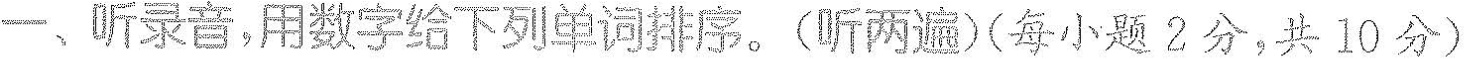
一、听录音,用数字给下列单词排序.(听两遍)(每小题 2分,共 10 分)